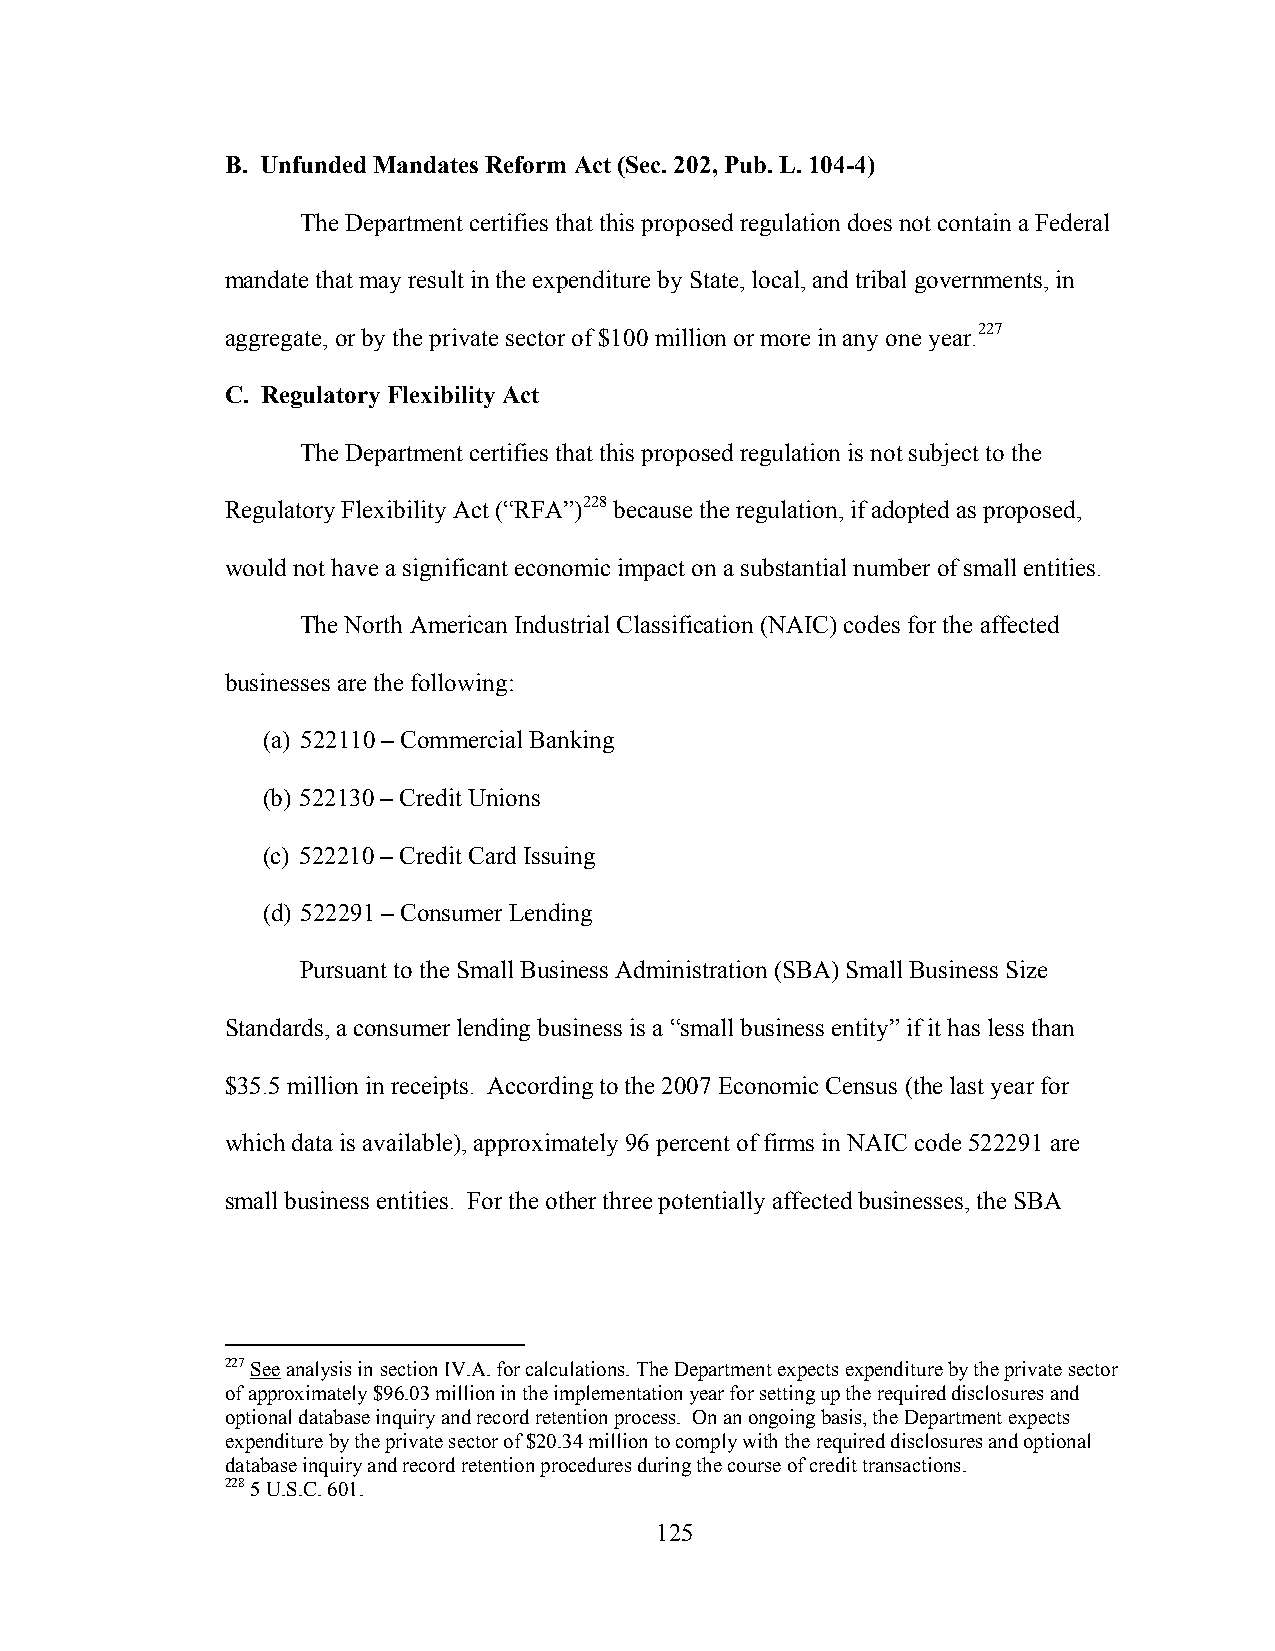
B. Unfunded Mandates Reform Act (Sec. 202, Pub. L. 104-4)
 The Department certifies that this proposed regulation does not contain a Federal
 mandate that may result in the expenditure by State, local, and tribal governments, in
 aggregate, or by the private sector of $100 million or more in any one year.227
 C. Regulatory Flexibility Act
 The Department certifies that this proposed regulation is not subject to the
 Regulatory Flexibility Act (“RFA”)228 because the regulation, if adopted as proposed,
 would not have a significant economic impact on a substantial number of small entities.
 The North American Industrial Classification (NAIC) codes for the affected
 businesses are the following:
 (a) 522110 – Commercial Banking
 (b) 522130 – Credit Unions
 (c) 522210 – Credit Card Issuing
 (d) 522291 – Consumer Lending
 Pursuant to the Small Business Administration (SBA) Small Business Size
 Standards, a consumer lending business is a “small business entity” if it has less than
 $35.5 million in receipts. According to the 2007 Economic Census (the last year for
 which data is available), approximately 96 percent of firms in NAIC code 522291 are
 small business entities. For the other three potentially affected businesses, the SBA
 227 See analysis in section IV.A. for calculations. The Department expects expenditure by the private sector
 of approximately $96.03 million in the implementation year for setting up the required disclosures and
 optional database inquiry and record retention process. On an ongoing basis, the Department expects
 expenditure by the private sector of $20.34 million to comply with the required disclosures and optional
 database inquiry and record retention procedures during the course of credit transactions.
 228 5 U.S.C. 601.
 125